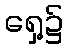
ရှေ့၌